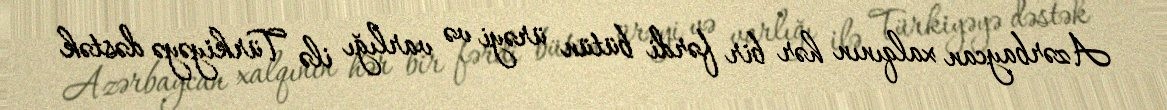
Azərbaycan xalqının hər bir fərdi bütün ürəyi və varlığı ilə Türkiyəyə dəstək